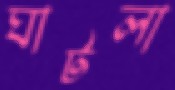
ঘাটলা